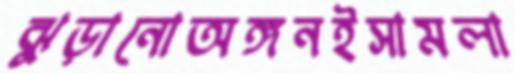
ঝুড়ানোঅঙ্গনইসামলা